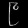
Digit: ၉